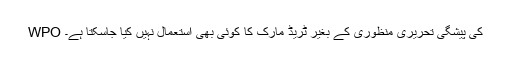
WPO کی پیشگی تحریری منظوری کے بغیر ٹریڈ مارک کا کوئی بھی استعمال نہیں کیا جاسکتا ہے۔